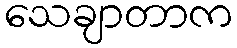
သေချာတာက